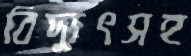
বিদ্যুৎসহ